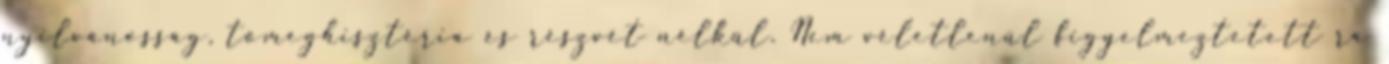
nyilvánosság, tömeghisztéria és részvét nélkül. Nem véletlenül figyelmeztetett rá